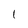
Character: 1